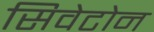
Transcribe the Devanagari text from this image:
सिवेटोन